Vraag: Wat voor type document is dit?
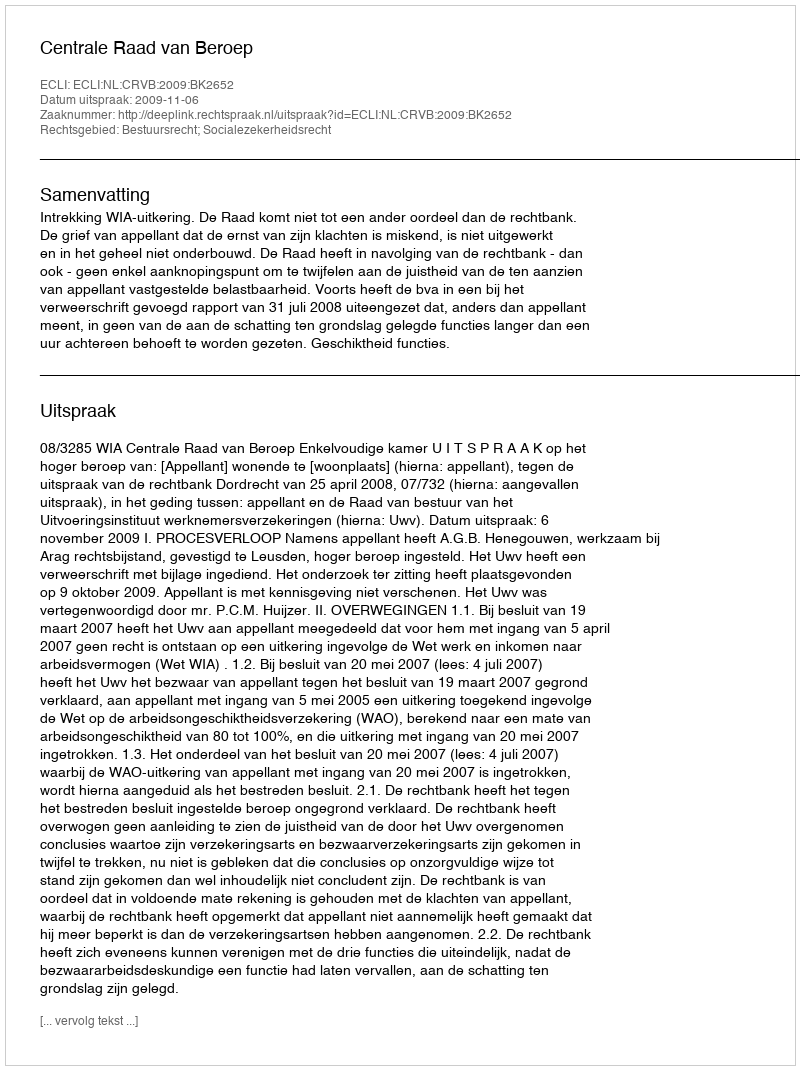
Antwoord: Uitspraak